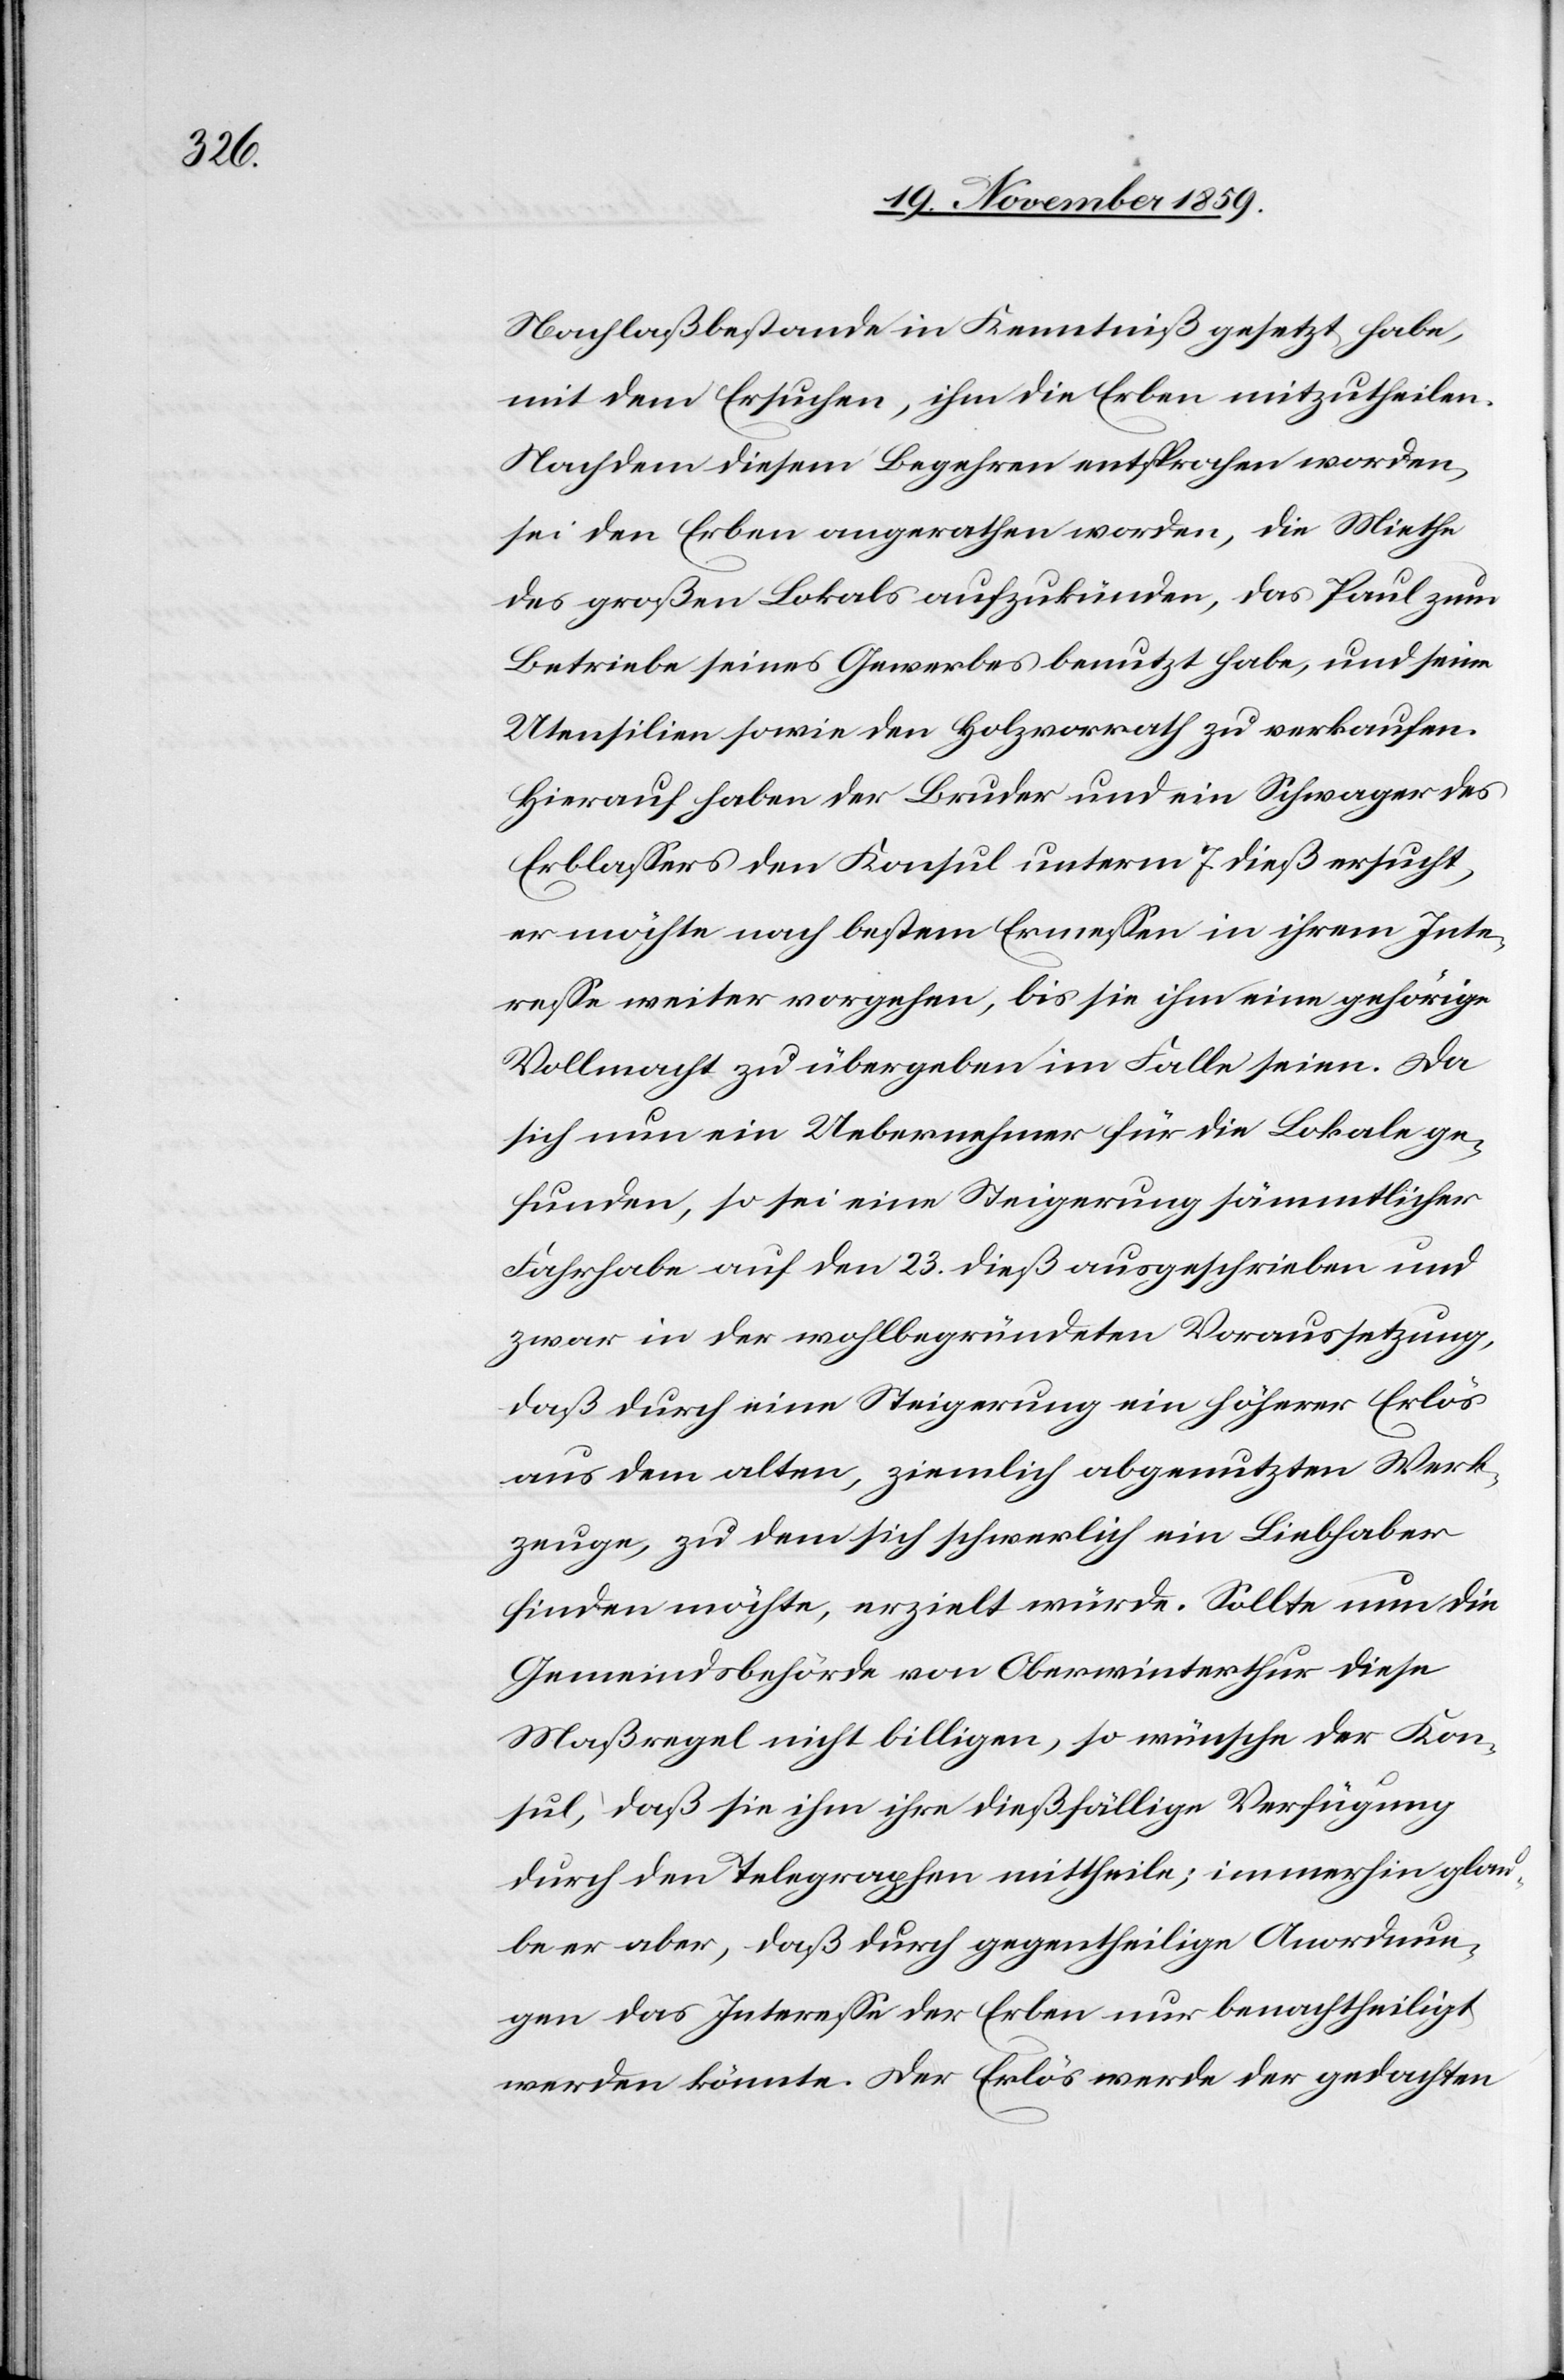
Nachlaßbestande in Kenntniß gesetzt habe,
mit dem Ersuchen, ihm die Erben mitzutheilen.
Nachdem diesem Begehren entsprochen worden,
sei den Erben angerathen worden, die Miethe
des großen Lokals aufzukünden, das Paul zum
Betriebe seines Gewerbes benutzt habe, und seine
Utensilien sowie den Holzvorrath zu verkaufen.
Hierauf haben der Bruder und ein Schwager des
Erblassers den Konsul unterm 7. dieß ersucht,
er möchte nach bestem Ermessen in ihrem Inte¬
resse weiter vorgehen, bis sie ihm eine gehörige
Vollmacht zu übergeben im Falle seien. Da
sich nun ein Uebernehmer für die Lokale ge¬
funden, so sei eine Steigerung sämmtlicher
Fahrhabe auf den 23. dieß ausgeschrieben und
zwar in der wohlbegründeten Voraussetzung,
daß durch eine Steigerung ein höherer Erlös
aus dem alten, ziemlich abgenutzten Werk¬
zeuge, zu dem sich schwerlich ein Liebhaber
finden möchte, erzielt würde. Sollte nun die
Gemeindsbehörde von Oberwinterthur diese
Maßregel nicht billigen, so wünsche der Kon¬
sul, daß sie ihm ihre dießfällige Verfügung
durch den Telegraphen mittheile; immerhin glau¬
be er aber, daß durch gegentheilige Anordnun¬
gen das Interesse der Erben nur benachtheiligt
werden könnte. Der Erlös werde der gedachten